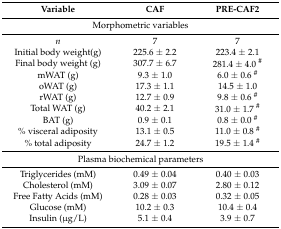
| Variable | CAF | PRE-CAF2 |
 | --- | --- | --- |
 | <COLSPAN=3> Morphometric variables |
 | n | 7 | 7 |
 | Initial body weight(g) | 225.6 ± 2.2 | 223.4 ± 2.1 |
 | Final body weight (g) | 307.7 ± 6.7 | 281.4 ± 4.0 # |
 | mWAT (g) | 9.3 ± 1.0 | 6.0 ± 0.6 # |
 | oWAT (g) | 17.3 ± 1.1 | 14.5 ± 1.0 |
 | rWAT (g) | 12.7 ± 0.9 | 9.8 ± 0.6 # |
 | Total WAT (g) | 40.2 ± 2.1 | 31.0 ± 1.7 # |
 | BAT (g) | 0.9 ± 0.1 | 0.8 ± 0.0 # |
 | % visceral adiposity | 13.1 ± 0.5 | 11.0 ± 0.8 # |
 | % total adiposity | 24.7 ± 1.2 | 19.5 ± 1.4 # |
 | <COLSPAN=3> Plasma biochemical parameters |
 | Triglycerides (mM) | 0.49 ± 0.04 | 0.40 ± 0.03 |
 | Cholesterol (mM) | 3.09 ± 0.07 | 2.80 ± 0.12 |
 | Free Fatty Acids (mM) | 0.28 ± 0.03 | 0.32 ± 0.05 |
 | Glucose (mM) | 10.2 ± 0.3 | 10.4 ± 0.4 |
 | Insulin (μg/L) | 5.1 ± 0.4 | 3.9 ± 0.7 |